Civil Veterinary Department. Madras. Admin. report 1910-25 - 1910-1925
Year: 1910
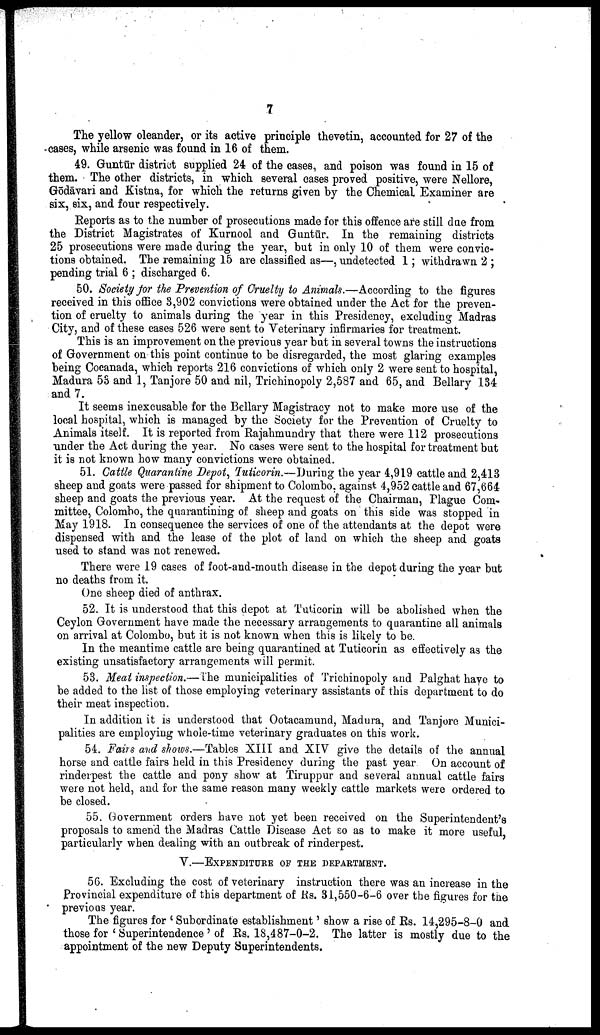
7
The yellow oleander, or its active principle thevetin, accounted for 27 of the
cases, while arsenic was found in 16 of them.
49. Guntūr district supplied 24 of the cases, and poison was found in 15 of
them. The other districts, in which several cases proved positive, were Nellore,
Gōdāvari and Kistna, for which the returns given by the Chemical Examiner are
six, six, and four respectively.
Reports as to the number of prosecutions made for this offence are still due from
the District Magistrates of Kurnool and Guntūr. In the remaining districts
25 prosecutions were made during the year, but in only 10 of them were convic
tions obtained. The remaining 15 are classified as—, undetected 1; withdrawn 2;
pending trial 6; discharged 6.
50. Society for the Prevention of Cruelty to Animals.—According to the figures
received in this office 3,902 convictions were obtained under the Act for the preven
tion of cruelty to animals during the year in this Presidency, excluding Madras
City, and of these cases 526 were sent to Veterinary infirmaries for treatment.
This is an improvement on the previous year but in several towns the instructions
of Government on this point continue to be disregarded, the most glaring examples
being Cocanada, which reports 216 convictions of which only 2 were sent to hospital,
Madura 55 and 1, Tanjore 50 and nil, Trichinopoly 2,587 and 65, and Bellary 134
and 7.
It seems inexcusable for the Bellary Magistracy not to make more use of the
local hospital, which is managed by the Society for the Prevention of Cruelty to
Animals itself. It is reported from Rajahmundry that there were 112 prosecutions
under the Act during the year. No cases were sent to the hospital for treatment but
it is not known how many convictions were obtained.
51. Cattle Quarantine Depot, Tuticorin.—During the year 4,919 cattle and 2,413
sheep and goats were passed for shipment to Colombo, against 4,952 cattle and 67,664
sheep and goats the previous year. At the request of the Chairman, Plague Com
mittee, Colombo, the quarantining of sheep and goats on this side was stopped in
May 1918. In consequence the services of one of the attendants at the depot were
dispensed with and the lease of the plot of land on which the sheep and goats
used to stand was not renewed.
There were 19 cases of foot-and-mouth disease in the depot during the year but
no deaths from it.
One sheep died of anthrax.
52. It is understood that this depot at Tuticorin will be abolished when the
Ceylon Government have made the necessary arrangements to quarantine all animals
on arrival at Colombo, but it is not known when this is likely to be.
In the meantime cattle are being quarantined at Tuticorin as effectively as the
existing unsatisfactory arrangements will permit.
53. Meat inspection.—The municipalities of Trichinopoly and Palghat have to
be added to the list of those employing veterinary assistants of this department to do
their meat inspection.
In addition it is understood that Ootacamund, Madura, and Tanjore Munici
palities are employing whole-time veterinary graduates on this work.
54. Fairs and shows.—Tables XIII and XIV give the details of the annual
horse and cattle fairs held in this Presidency during the past year On account of
rinderpest the cattle and pony show at Tiruppur and several annual cattle fairs
were not held, and for the same reason many weekly cattle markets were ordered to
be closed.
55. Government orders have not yet been received on the Superintendent's
proposals to amend the Madras Cattle Disease Act so as to make it more useful,
particularly when dealing with an outbreak of rinderpest.
V.—EXPENDITURE OF THE DEPARTMENT.
56. Excluding the cost of veterinary instruction there was an increase in the
Provincial expenditure of this department of Rs. 31,550-6-6 over the figures for the
previous year.
The figures for 'Subordinate establishment' show a rise of Rs. 14,295-8-0 and
those for 'Superintendence' of Rs. 18,487-0-2. The latter is mostly due to the
appointment of the new Deputy Superintendents.